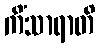
ကိံသာရာတိ